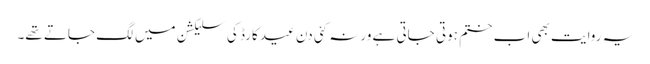
یہ روایت بھی اب ختم ہوتی جاتی ہے ورنہ کئی دن عید کارڈ کی سلیکشن میں لگ جاتے تھے۔